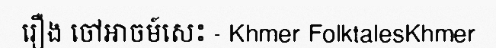
រឿង ចៅអាចម៍សេះ - Khmer FolktalesKhmer